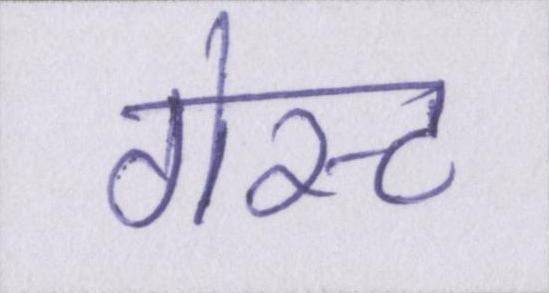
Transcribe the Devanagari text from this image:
गेस्ट